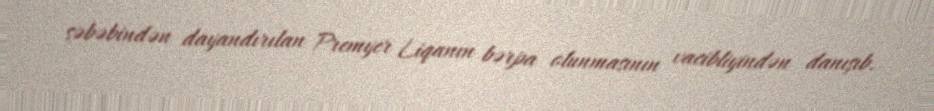
səbəbindən dayandırılan Premyer Liqanın bərpa olunmasının vacibliyindən danışıb.